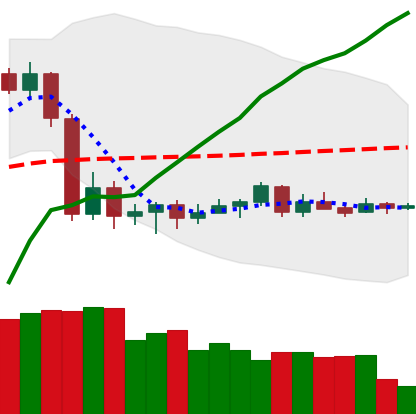
Ticker: LTC-USD
Chart end date: 2020-09-19
Forward return: -7.472%
Label: down_7plus